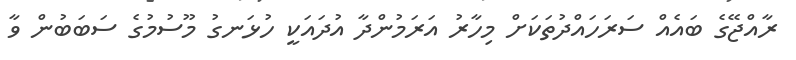
ރާއްޖޭގެ ބައެއް ސަރަހައްދުތަކަށް މިހާރު އަރަމުންދާ އުދައަކީ ހުޅަނގު މޫސުމުގެ ސަބަބުން ވާ